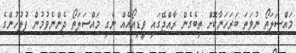
މައްސަލަތޯ ނުވަތަ ބަރަހަނާކޮށް ތިބެގެން ރާއްޖޭގައި ވީޑިއޯއެއް ނެގި މައްސަލަތޯ ދެންނެވުމުން ފުލުހުންގެ